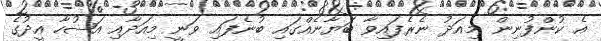
އެ ކުންފުނިން މިއަދު ނެރެފައިވާ ބަޔާނެއްގައި ބުނެފައި ވަނީ މިއަދާއި އަޟުހާ އީދުގެ